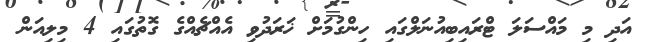
އަދި މި މައްސަލަ ޓްރައިބިއުނަލްގައި ހިންގުމަށް ޚަރަދުވި އެއްޗެއްގެ ގޮތުގައި 4 މިލިއަން